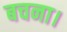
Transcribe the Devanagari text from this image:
बचना।